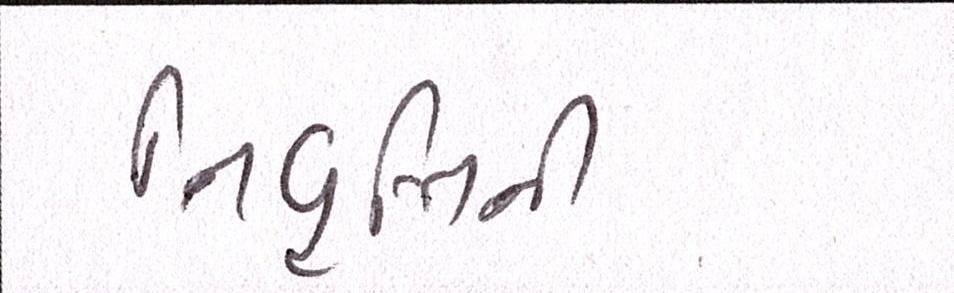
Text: નિવૃત્તિની